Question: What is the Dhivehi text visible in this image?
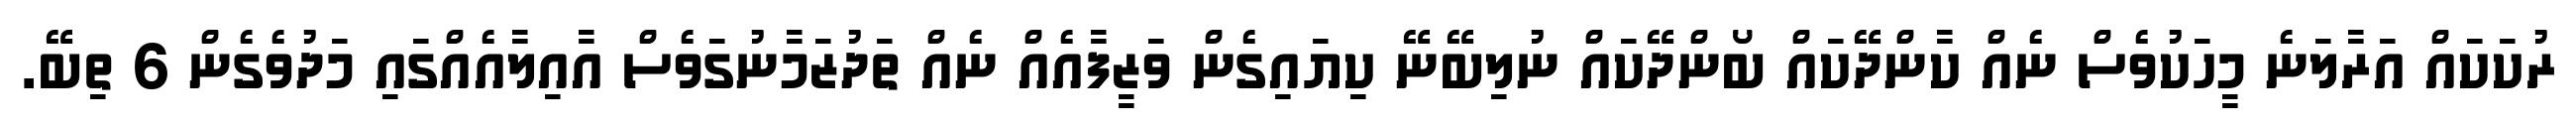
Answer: ރުކަކައް އަރާލަނެ މީހަކުވެސް ނެއް ކާންދޭކައް ބޯންދޭކައް ނުލިބޭނޭ ކިޔައިގެން ވަޒީފާއެއް ނެއް ތަދުޒަމާނުގަވެސް އާއިލާއެއްގައި މަދުވެގެން 6 ތިބޭ.